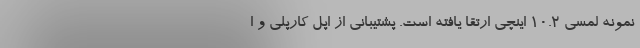
نمونه لمسی 10.2 اینچی ارتقا یافته است. پشتیبانی از اپل کارپلی و ا